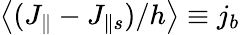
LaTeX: \left<(J_{\parallel}-J_{\parallel s})/h\right>\equiv j_{b}